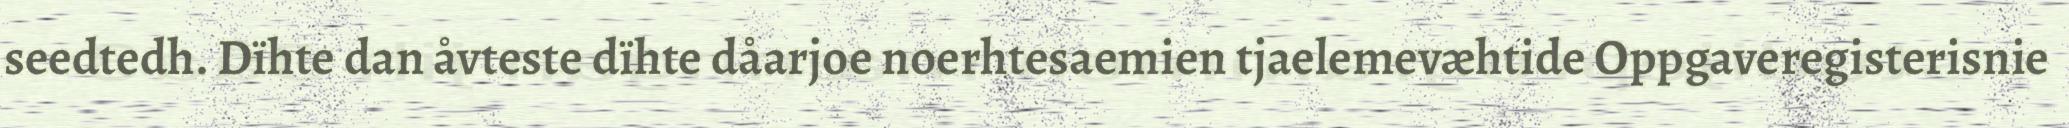
seedtedh. Dïhte dan åvteste dïhte dåarjoe noerhtesaemien tjaelemevæhtide Oppgaveregisterisnie